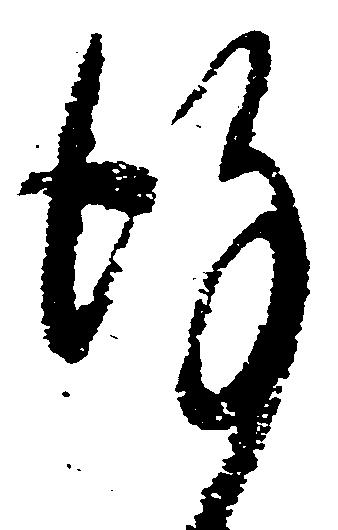
謹